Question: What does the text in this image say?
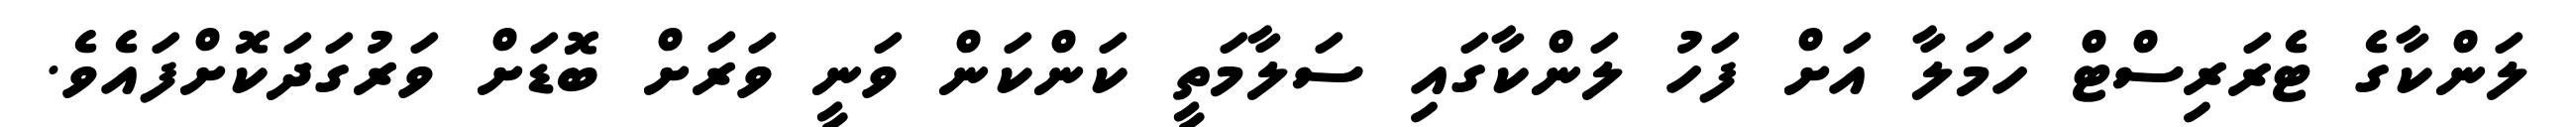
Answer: ލަންކާގެ ޓެރަރިސްޓް ހަމަލާ އަށް ފަހު ލަންކާގައި ސަލާމަތީ ކަންކަން ވަނީ ވަރަށް ބޮޑަށް ވަރުގަދަކޮށްފައެވެ.